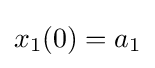
x_{1}(0)=a_{1}